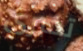
تخبرى